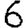
Digit: 6